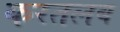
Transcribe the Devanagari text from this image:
करतलब